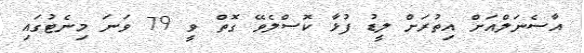
އާސެނަލްއަށް އިތުރަށް ލީޑު ފުޅާ ކޮސްލެވޭ ގޮތް ވީ 79 ވަނަ މިނެޓުގައި